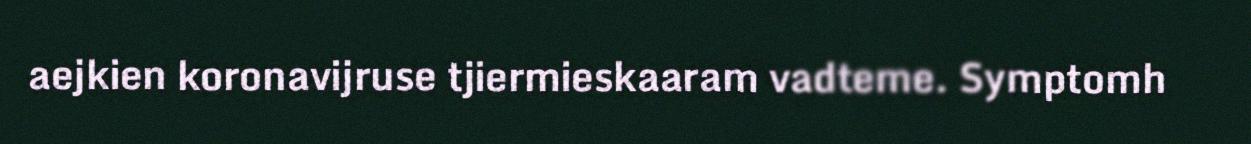
aejkien koronavijruse tjiermieskaaram vadteme. Symptomh